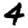
Digit: 4